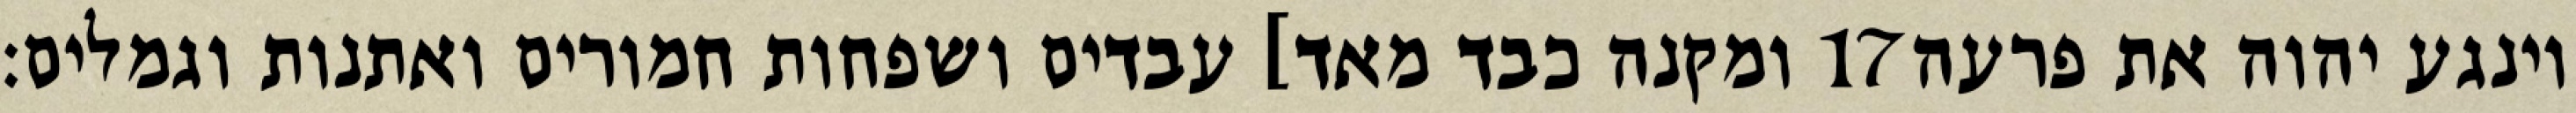
ומקנה כבד מאד] עבדים ושפחות חמורים ואתנות וגמלים׃ ‎17‏ וינגע יהוה את פרעה